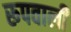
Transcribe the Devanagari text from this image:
रूपवाली